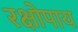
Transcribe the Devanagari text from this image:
रक्षोपाय